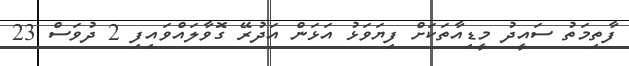
ފާތިމަތު ސައީދު މީޑިއާތަކަށް ފިޔަވަޅު އަޅަން އަދުރޭ ގޮވާލައްވައިފި 2 ދުވަސް 23